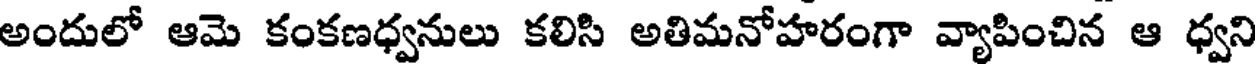
అందులో ఆమె కంకణధ్వనులు కలిసి అతిమనోహరంగా వ్యాపించిన ఆ ధ్వని